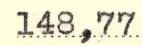
148,77